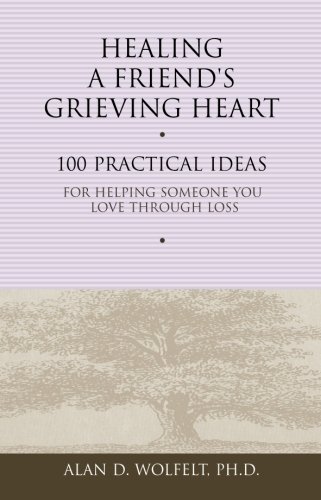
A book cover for Healing a Friend's Grieving Heart: 100 Practical Ideas for Helping Someone You Love Through Loss (Healing a Grieving Heart series); Alan D. Wolfelt PhD; Self-Help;